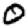
Digit: 0